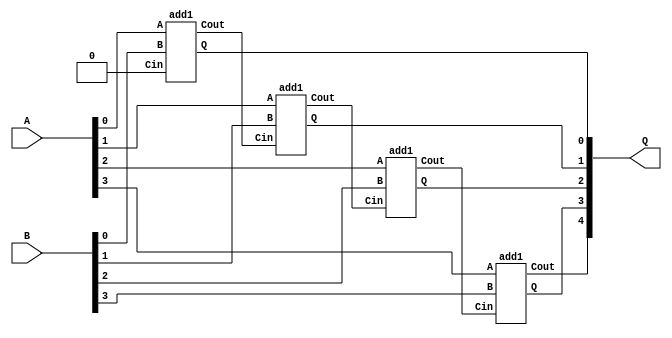
// This program was cloned from: https://github.com/steveicarus/ivtest
// License: GNU General Public License v2.0


/*
 * Generate a combinational adder of any width. The width parameter can
 * be any integer value >0. The A and B inputs have WID bits, and the Q
 * output has WID+1 bits to include the overflow.
 */
module addN
  #(parameter WID = 4)
   (input wire [WID-1:0] A,
    input wire [WID-1:0] B,
    output wire [WID:0]  Q
    /* */);

   wire [WID-1:0]	Cout;

   /* The least significant slice has no Cin */
   add1 U0 (.A(A[0]), .B(B[0]), .Cin(1'b0), .Q(Q[0]), .Cout(Cout[0]));

   /* Generate all the remaining slices */
   genvar i;
   for (i = 1 ; i < WID ; i = i+1) begin : U
      add1 Un (.A(A[i]), .B(B[i]), .Cin(Cout[i-1]), .Q(Q[i]), .Cout(Cout[i]));
   end

   assign Q[WID] = Cout[WID-1];

endmodule // add

/*
 * This is a single-bit combinational adder used by the addH module
 * above.
 */
module add1(input A, input B, input Cin, output Q, output Cout);

   assign Q = A ^ B ^ Cin;
   assign Cout = A&B | A&Cin | B&Cin;

endmodule // hadd

`ifdef TEST_BENCH
module main;

   parameter WID = 4;
   reg [WID-1:0] A, B;
   wire [WID:0]  Q;

   addN #(.WID(WID)) usum (.A(A), .B(B), .Q(Q));

   int		 adx;
   int		 bdx;
   initial begin
      for (bdx = 0 ; bdx[WID]==0 ; bdx = bdx+1) begin
	 for (adx = 0 ; adx[WID]==0 ; adx = adx+1) begin
	    A <= adx[WID-1:0];
	    B <= bdx[WID-1:0];
	    #1 if (Q !== (adx+bdx)) begin
	       $display("FAILED -- A=%b, B=%b, Q=%b", A, B, Q);
	       $finish;
	    end
	 end
      end
      $display("PASSED");
   end

endmodule // main
`endif